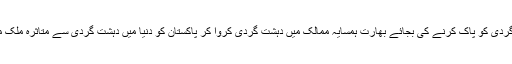
اپنی گھر سے دہشت گردی کو پاک کرنے کی بجائے بھارت ہمسایہ ممالک میں دہشت گردی کروا کر پاکستان کو دنیا میں دہشت گردی سے متاثرہ ملک متعارف کروا رہا ہے۔